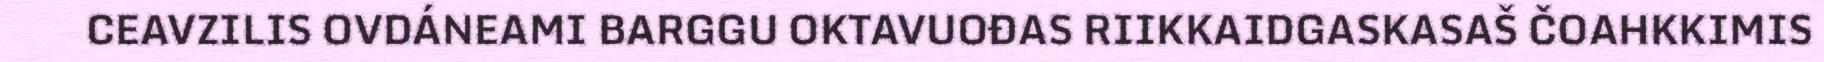
CEAVZILIS OVDÁNEAMI BARGGU OKTAVUOĐAS RIIKKAIDGASKASAŠ ČOAHKKIMIS